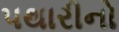
પથારીનો